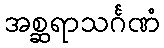
အစ္ဆရာသင်္ဂဏံ